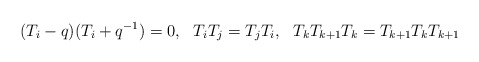
\begin{align*} (T_i-q)(T_i+q^{-1})=0,\ \ T_iT_j=T_jT_i,\ \ T_kT_{k+1}T_k=T_{k+1}T_kT_{k+1}\end{align*}